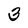
Character: 3